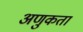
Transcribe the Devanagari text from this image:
अणुकता